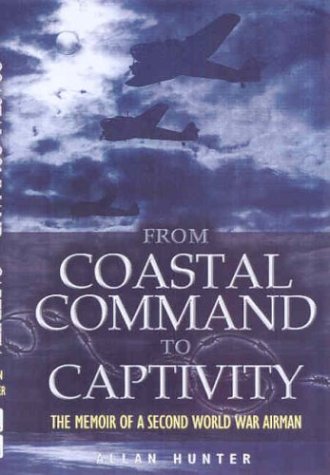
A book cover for From Coastal Command to Captivity : The Memoir of a Second World War Airman; Allan G. Hunter; History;